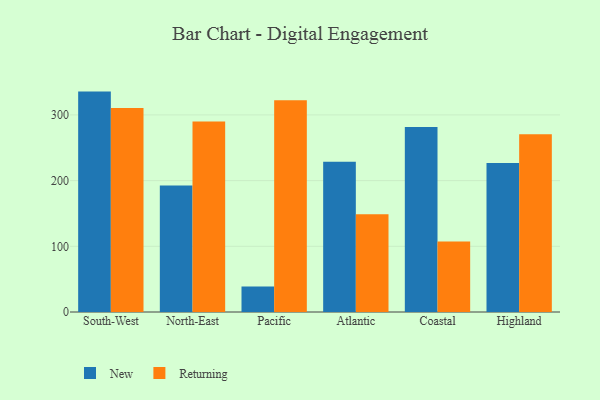
{"axis": {"x": "Region", "y": "Active Users"}, "legend": ["New", "Returning"], "data": [{"x": "South-West", "y": 335.5, "type": "New"}, {"x": "South-West", "y": 310.6, "type": "Returning"}, {"x": "North-East", "y": 192.5, "type": "New"}, {"x": "North-East", "y": 290.1, "type": "Returning"}, {"x": "Pacific", "y": 38.8, "type": "New"}, {"x": "Pacific", "y": 322.5, "type": "Returning"}, {"x": "Atlantic", "y": 228.7, "type": "New"}, {"x": "Atlantic", "y": 148.7, "type": "Returning"}, {"x": "Coastal", "y": 281.6, "type": "New"}, {"x": "Coastal", "y": 107.5, "type": "Returning"}, {"x": "Highland", "y": 226.9, "type": "New"}, {"x": "Highland", "y": 270.6, "type": "Returning"}]}